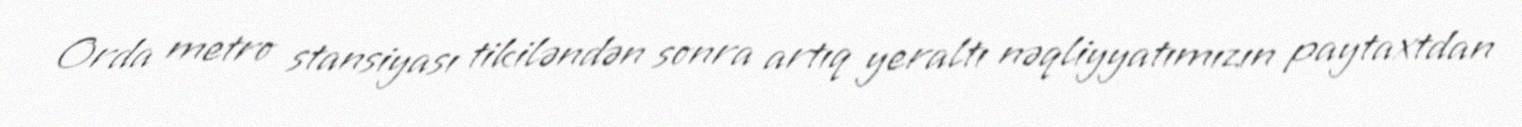
Orda metro stansiyası tikiləndən sonra artıq yeraltı nəqliyyatımızın paytaxtdan